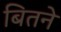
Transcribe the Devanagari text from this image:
बितने